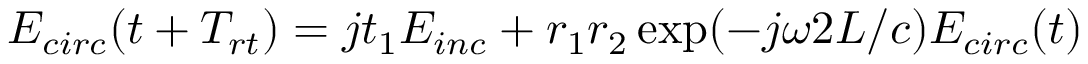
E _ { c i r c } ( t + T _ { r t } ) = j t _ { 1 } E _ { i n c } + r _ { 1 } r _ { 2 } \exp ( - j \omega 2 L / c ) E _ { c i r c } ( t )